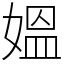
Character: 媼